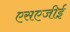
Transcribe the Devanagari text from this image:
एसएजीई